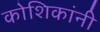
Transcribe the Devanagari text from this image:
कोशिकांनी